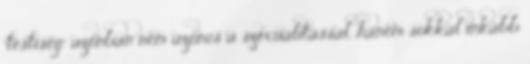
"testiség" azonban nem azonos a szexualitással, hanem sokkal inkább